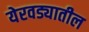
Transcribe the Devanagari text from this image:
येरवड्यातील